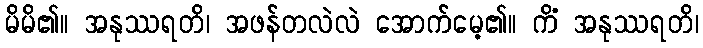
မိမိ၏။ အနုဿရတိ၊ အဖန်တလဲလဲ အောက်မေ့၏။ ကိံ အနုဿရတိ၊